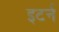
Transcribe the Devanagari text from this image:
इटर्न